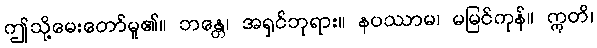
ဤသို့မေးတော်မူ၏။ ဘန္တေ၊ အရှင်ဘုရား။ နပဿာမ၊ မမြင်ကုန်။ ဣတိ၊